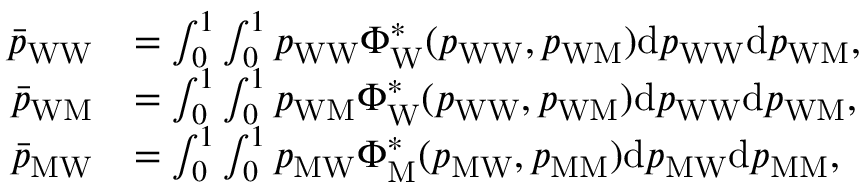
\begin{array} { r l } { \bar { p } _ { \mathrm { W W } } } & { = \int _ { 0 } ^ { 1 } \int _ { 0 } ^ { 1 } p _ { \mathrm { W W } } \Phi _ { \mathrm { W } } ^ { * } ( p _ { \mathrm { W W } } , p _ { \mathrm { W M } } ) \mathrm { d } p _ { \mathrm { W W } } \mathrm { d } p _ { \mathrm { W M } } , } \\ { \bar { p } _ { \mathrm { W M } } } & { = \int _ { 0 } ^ { 1 } \int _ { 0 } ^ { 1 } p _ { \mathrm { W M } } \Phi _ { \mathrm { W } } ^ { * } ( p _ { \mathrm { W W } } , p _ { \mathrm { W M } } ) \mathrm { d } p _ { \mathrm { W W } } \mathrm { d } p _ { \mathrm { W M } } , } \\ { \bar { p } _ { \mathrm { M W } } } & { = \int _ { 0 } ^ { 1 } \int _ { 0 } ^ { 1 } p _ { \mathrm { M W } } \Phi _ { \mathrm { M } } ^ { * } ( p _ { \mathrm { M W } } , p _ { \mathrm { M M } } ) \mathrm { d } p _ { \mathrm { M W } } \mathrm { d } p _ { \mathrm { M M } } , } \end{array}